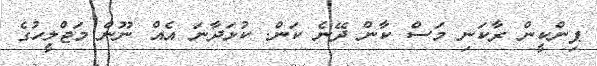
ޕިންކީން ރާކަނި މަސް ކާން ދޭނެ ކަން. ކުޅަދާނަ އެއް ނޫން މަޖްލީހުގެ